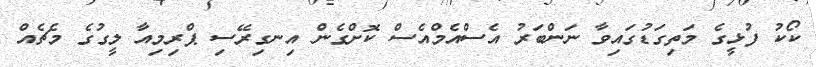
ކޯކު ފުޅީގެ މަތިގަޑުގައިވާ ނަންބަރު އެސްއެމްއެސް ކޮށްގެން އިނގިރޭސި ޕްރިމިއާ ލީގުގެ މެޗެއް